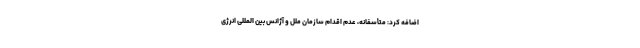
اضافه کرد: متأسفانه، عدم اقدام سازمان ملل و آژانس بین المللی انرژی